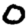
Digit: 0